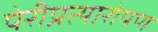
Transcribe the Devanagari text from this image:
पेरीप्रत्यारोपण